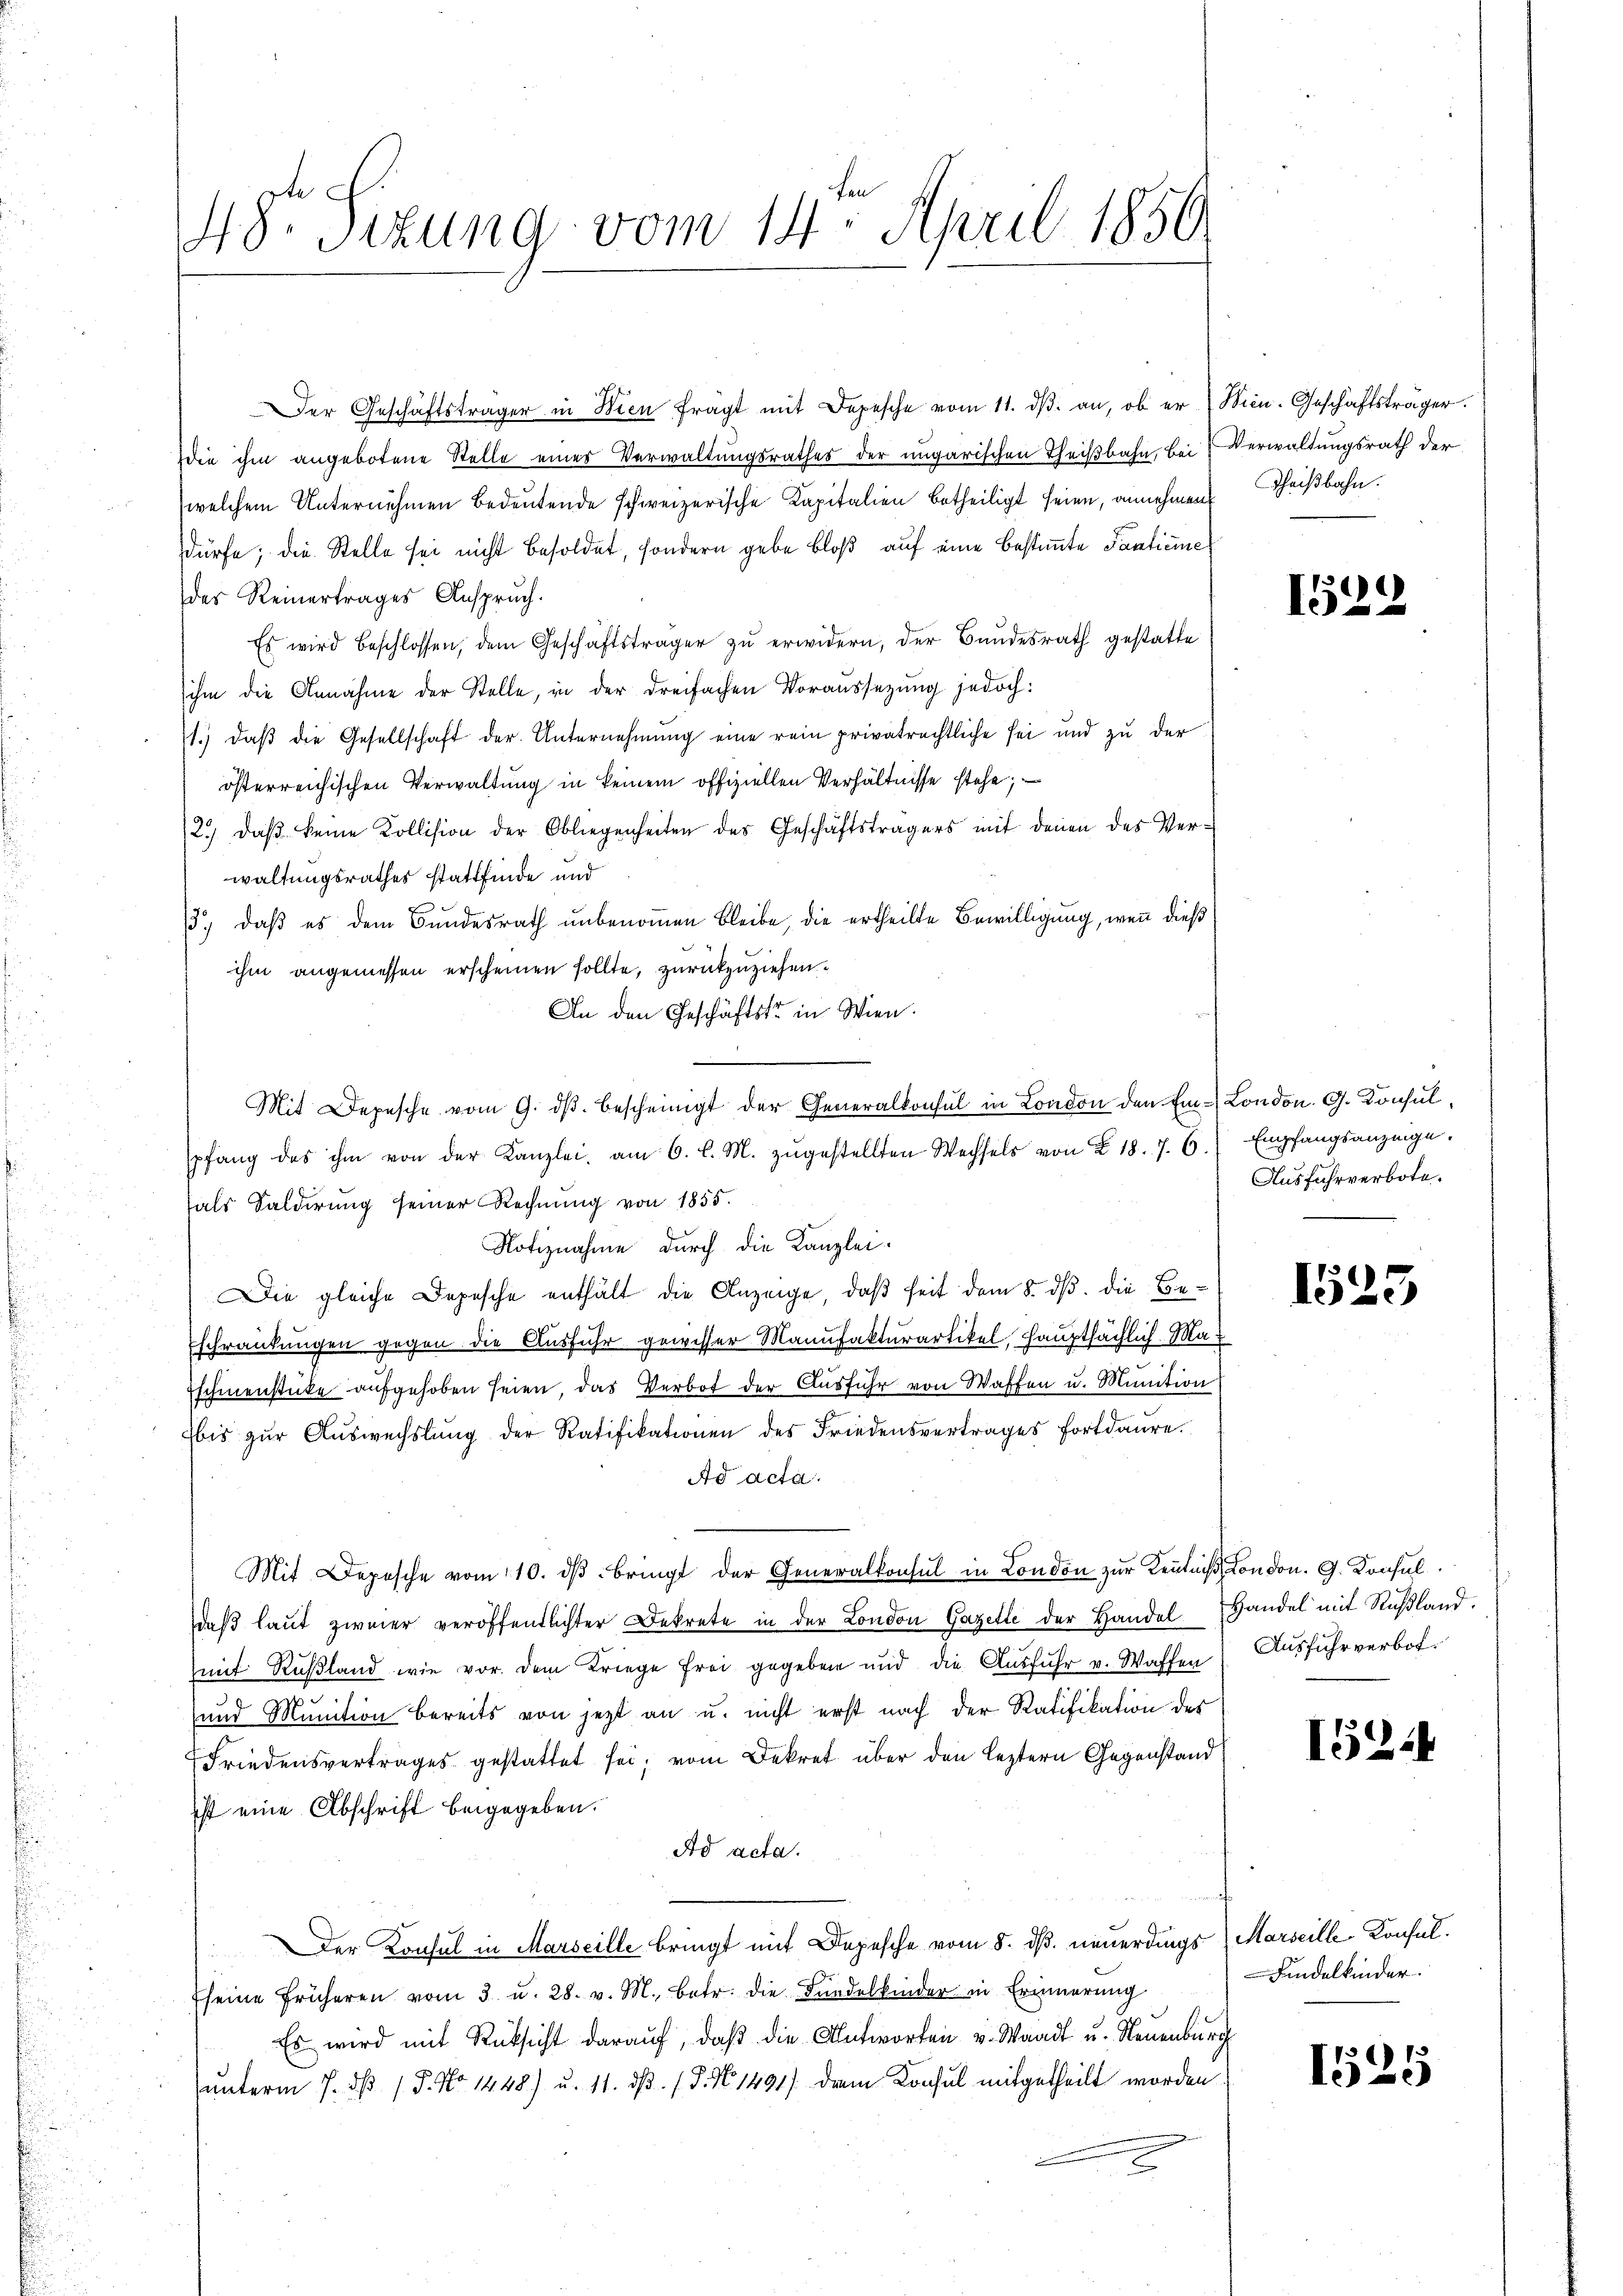
48r Sizung vom 14. April 1850.

Der Geschäftsträger in Wien fragt mit Depesche vom 11. dβ an, ob er Min. Geschäftsträger.
die ihm angebotene Stelle eines Verwaltungsrathes der ungarischen Theilbahn, bei Verwaltungsrath der
welchem Unternehmen bedeutende schweizerische Kapitalien betheiligt seien, annehmen Theißbahn.
dürfe; die Stelle sei nicht besoldet, sondern gebe bloß auf eine bestimmte Panticine
des Reinertrages Anspruch.
Es wird beschlossen, dem Geschäftsträger zŭ erwidern, der Bundesrath gestatte
ihm die Annahme der Stelle, in der dreifachen Voraussetzung jedoch:
1.) daß die Gesellschaft der Unternehmung eine rein privatrechtliche sei und zu der
österreichischen Verwaltung in keinem offiziellen Verhältnisse stehe;
2.) daβ keine Kollision der Obliegenheiten des Geschäftsträgers mit denen des Ver-
waltungsrathes stattfinde und
13., daβ es dem Bundesrath unbenoṁen bleibe, die ertheilte Bewilligung, wenn dieß
ihm angemessen erscheinen sollte, zurückzuziehen.
An den Geschäftst in Wien.
Mit Depesche vom 9. dβ bescheinigt der Generalkonsul in London den Ein-London. G. Konsulpfang des ihm von der Kanzlei, am 6. l. M. zŭgestellten Wechsels von § 18. 7. 6. Empfangsanzeige.
hals Salderung seiner Rechnung von 1855.
Notiznahme durch die Kanzlei-
Die gleiche Depesche enthält die Anzeige, daß seit dem 8. dβ. die Be-
Eschränkungen gegen die Ausfuhr gewisser Manufakturartikel, Hauptsächlich-Ma¬
.
Eschinenstücke aufgehoben seien, das Verbot der Ausführ von Waffen u. Munition
Ebis zŭr Aŭswechslung der Ratifikationen des Friedensvertrages fortdaure.
Ad acta.
Mit Depesche vom 10. dβ bringt der Generalkonsul in London zur Kenntniß London. G. Konsul
daß laut zweier veröffentlichter Dekrete in der London Gazette der Handel Handel mit Rußland
mit Rußland wie vor dem Kriege frei gegeben und die Ausfuhr v. Waffen
und Munition bereits von jezt an u. nicht erst nach der Ratifikation des
Friedensvertrages gestattet sei; vom Dekret über den leztern Gegenstand
ist eine Abschrift beigegeben.
Ad acta.
Der Konsul in Marseille bringt mit Depesche vom 8. dß. neuerdings Marseille-Konsulseine früheren vom 3. u. 28. v. M. betr. die Fundelkinder in Erinnerung
Es wird mit Rücksicht darauf, daß die Antworten v. Waadt u. Neuenburg
unterm 7. dβ / 5. No 1448) u. 11. dβ. P. No. 1491) den Konsul mitgetheilt worden.
2

159

2

Ausfuhrverbote.

1525

Ausfuhrverbot.

1524

Kindelkinder.

13
150